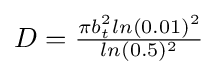
{\textstyle D={\frac {\pi b_{t}^{2}ln(0.01)^{2}}{ln(0.5)^{2}}}}